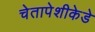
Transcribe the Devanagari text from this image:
चेतापेशीकेडे